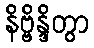
နိဗ္ဗိန္ဒိတွာ